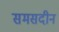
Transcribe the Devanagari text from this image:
समसदीन